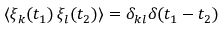
\langle \xi _ { k } ( t _ { 1 } ) \, \xi _ { l } ( t _ { 2 } ) \rangle = \delta _ { k l } \delta ( t _ { 1 } - t _ { 2 } )